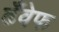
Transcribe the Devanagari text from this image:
ढँवेफ